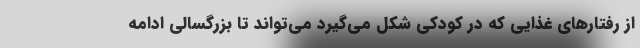
از رفتارهای غذایی که در کودکی شکل می‌گیرد می‌تواند تا بزرگسالی ادامه